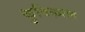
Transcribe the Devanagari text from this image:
कुविख्यात